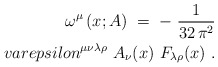
\begin{align*}\omega^\mu \left( x;A\right) \;=\; -~\frac{1}{32\,\pi^2} \\varepsilon^{\mu\nu\lambda\rho}~A_\nu (x)~F_{\lambda\rho} (x)~.\end{align*}